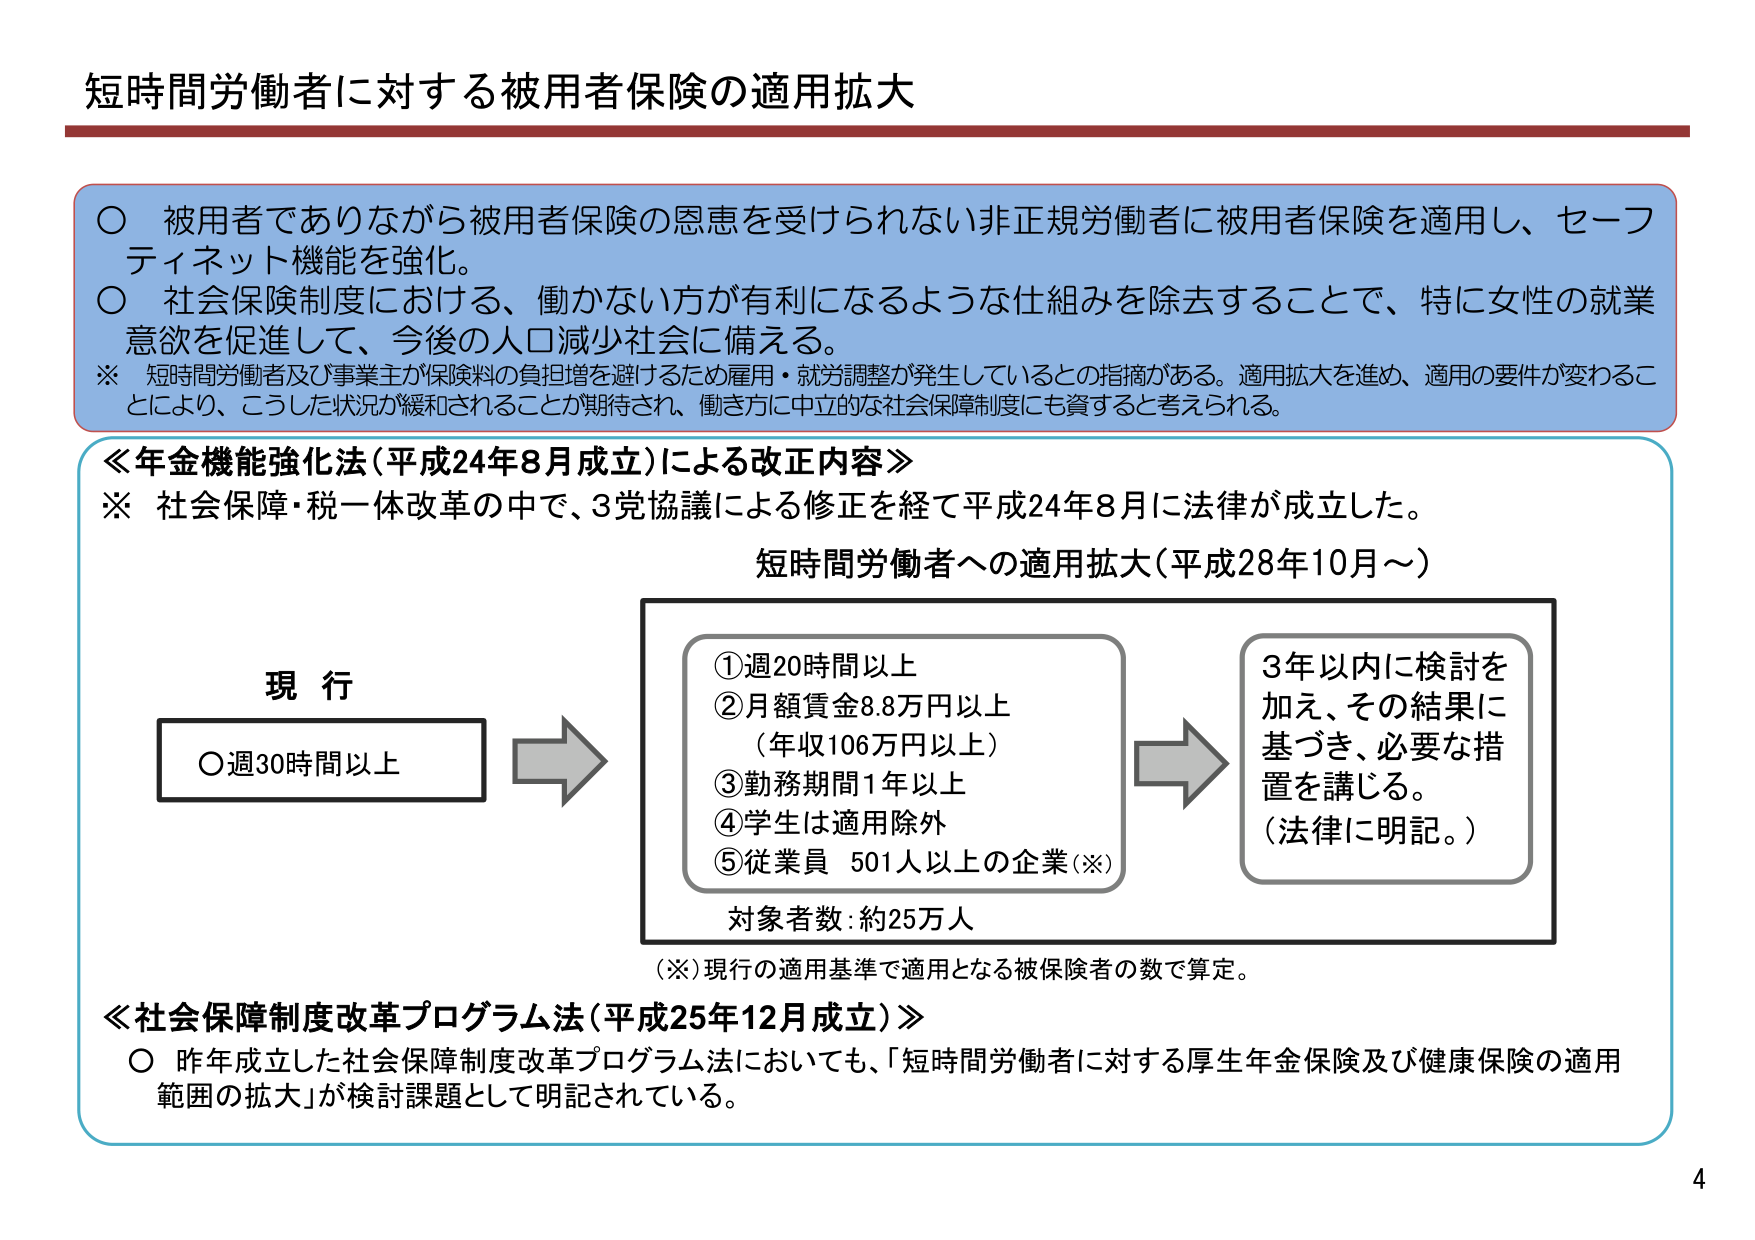
短時間労働者に対する被用者保険の適用拡大

○ 被用者でありながら被用者保険の恩恵を受けられない非正規労働者に被用者保険を適用し、セーフティネット機能を強化。
○ 社会保険制度における、働かない方が有利になるような仕組みを除去することで、特に女性の就業意欲を促進して、今後の人口減少社会に備える。
※ 短時間労働者及び事業主が保険料の負担増を避けるため雇用・就労調整が発生しているとの指摘がある。適用拡大を進め、適用の要件が変わることにより、こうした状況が緩和されることが期待され、働き方に中立的な社会保障制度にも資すると考えられる。

≪年金機能強化法（平成24年8月成立）による改正内容≫
※ 社会保障・税一体改革の中で、3党協議による修正を経て平成24年8月に法律が成立した。

短時間労働者への適用拡大（平成28年10月～）

現行
○ 週30時間以上

① 週20時間以上
② 月額賃金8.8万円以上
（年収106万円以上）
③ 勤務期間1年以上
④ 学生は適用除外
⑤ 従業員 501人以上の企業（※）

対象者数：約25万人

（※）現行の適用基準で適用となる被保険者の数で算定。

3年以内に検討を加え、その結果に基づき、必要な措置を講じる。
（法律に明記。）

≪社会保障制度改革プログラム法（平成25年12月成立）≫
○ 昨年成立した社会保障制度改革プログラム法においても、「短時間労働者に対する厚生年金保険及び健康保険の適用範囲の拡大」が検討課題として明記されている。

4